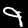
Digit: 9